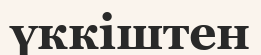
үккіштен